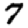
Digit: 7